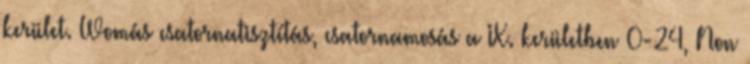
kerület. Womás csatornatisztítás, csatornamosás a IX. kerületben 0-24, Non